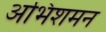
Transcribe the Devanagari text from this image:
अभिशमन